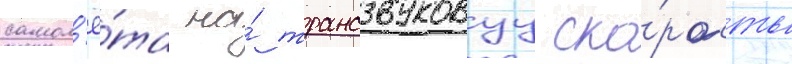
самол'ё́та на́ трансзвуковуу ско́рость